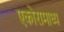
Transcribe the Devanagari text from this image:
एकोरामाध्य